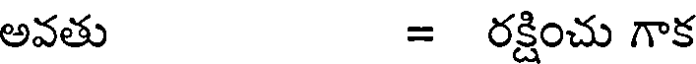
అవతు = రక్షించు గాక